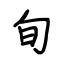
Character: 旬